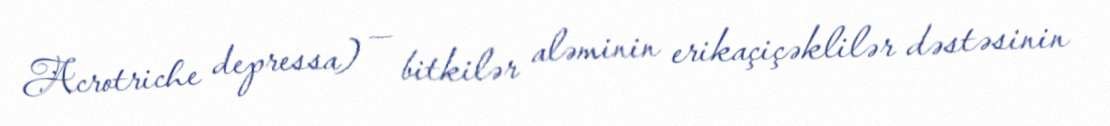
Acrotriche depressa) — bitkilər aləminin erikaçiçəklilər dəstəsinin